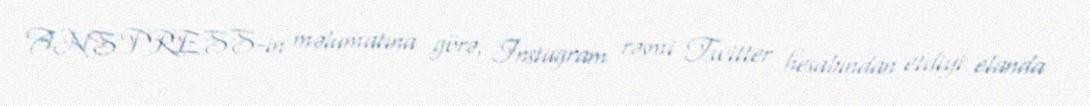
ANS PRESS-in məlumatına görə, Instagram rəsmi Twitter hesabından etdiyi elanda